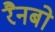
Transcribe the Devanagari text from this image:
रैनबो